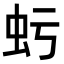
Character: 𧈯